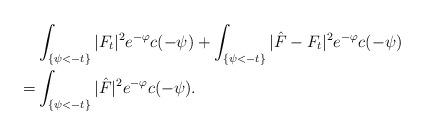
LaTeX: \begin{align*} &\int_{\{\psi<-t\}}|F_{t}|^{2}e^{-\varphi}c(-\psi)+\int_{\{\psi<-t\}}|\hat{F}-F_{t}|^{2}e^{-\varphi}c(-\psi)\\=&\int_{\{\psi<-t\}}|\hat{F}|^{2}e^{-\varphi}c(-\psi).\end{align*}